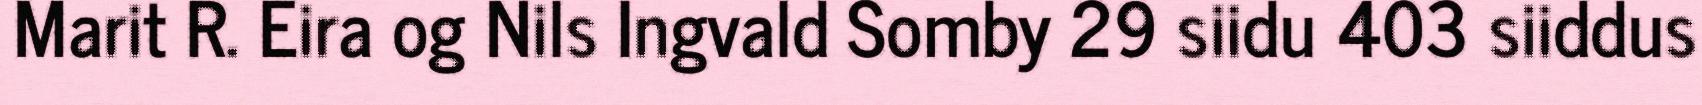
Marit R. Eira og Nils Ingvald Somby 29 siidu 403 siiddus